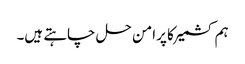
ہم کشمیر کا پرامن حل چاہتے ہیں۔